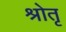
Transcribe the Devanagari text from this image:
श्रोतृ